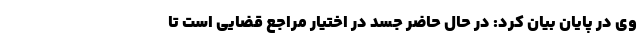
وی در پایان بیان کرد: در حال حاضر جسد در اختیار مراجع قضایی است تا